Lunatic asylums Central Provinces reports 1874-1885 - 1874-1885
Year: 1874
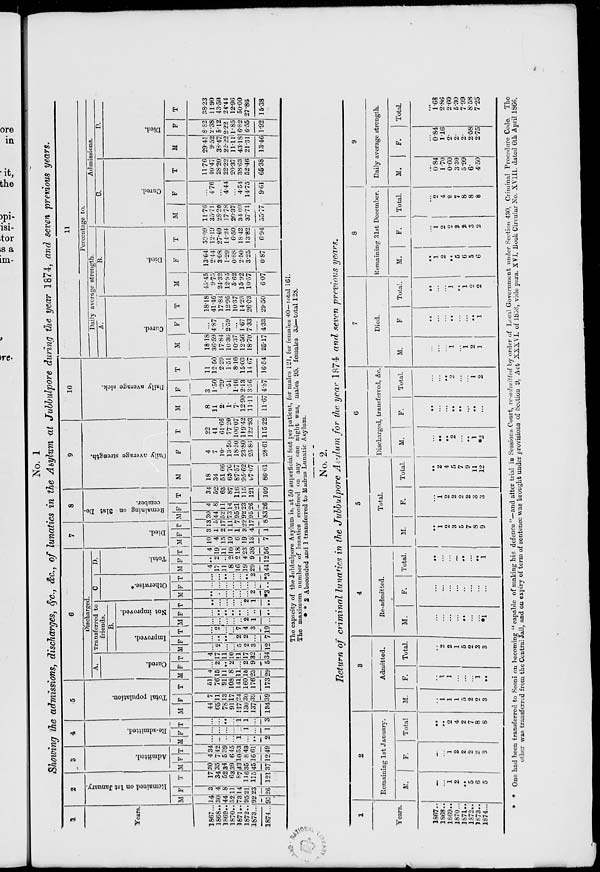
No. 1
Showing the admissions, discharges, &c., &c., of lunatics in the Asylum at Jubbulpore during the year 1874, and seven previous years.
1
Years.
1867...
1868 ..
1869 ..
1870..
1871 ..
1872..
1873...
1874...
2
Remained
on 1st January
M
14
30
44
52
73
95
92
95
F
3
4
8
11
14
21
23
26
T
17
34
52
63
87
116
115
121
3
Admitted.
M
30
35
34
39
43
35
45
37
F
4
7
5
6
10
8
16
12
T
34
42
39
45
53
43
61
49
4
Re-admitted.
M
...
...
..
...
1
...
..
2
F
...
...
...
...
..
1
...
1
T
...
...
..
...
1
1
...
3
5
Total population.
M
44
65
78
91
117
130
137
134
F
7
11
13
17
24
30
39
39
T
51
76
91
108
141
160
176
173
6
Discharged.
A.
Cured.
M
4
15
11
8
11
15
23
29
F
...
2
..
2
...
2
9
5
T
4
17
11
10
11
17
32
34
Transferred to
friends.
B.
Improved.
M
...
2
...
...
5
2
3
12
F
...
...
..
...
2
2
...
7
T
...
2
...
...
7
4
3
19
Not improved.
M
...
...
...
...
..
2
1
...
F
..
..
..
..
..
...
..
..
T
...
...
...
...
...
2
1
..
C.
Otherwise.*
M
...
...
...
...
...
...
2
*3
F
...
...
...
...
...
...
...
..
T
...
...
..
...
...
..
2
*3
D.
Total.
M
4
17
11
8
16
19
29
44
F
..
2
..
2
2
4
9
12
T
4
19
11
10
18
23
38
56
7
Died.
M
10
4
15
10
6
19
13
7
F
3
1
2
1
1
3
4
1
T
13
5
17
11
7
22
17
8
8
Remaining on 31st De-
cember.
M
30
44
52
73
95
92
95
83
F
4
8
11
14
21
23
26
26
T
34
52
63
87
116
115
121
109
9
Daily
average strength.
M
18
34
51.66
63.70
87.57
95.62
97.07
86.61
F
4
7
10.
13.50
18.50
23.80
25.86
28.61
T
22
41
61.66
77.20
106.07
119.42
122.93
115.22
10
Daily average sick.
M
8
11
2.
1.
7.
12.90
11.11
11.67
F
3
1.50
.29
.51
1.16
2.13
3.56
4.87
T
11
12.50
2.29
1.51
8.16
15.03
14.67
16.54
11
Percentage to.
Daily average strength.
A.
Cured.
M
18.18
36.59
17.84
10.36
10.37
12.56
18.70
25.17
F
...
4.87
...
2.59
...
1.67
7.33
4.33
T
18.18
41.46
17.84
12.95
10.37
14.23
26.03
29.50
B.
Died.
M
45.45
9.73
24.32
12.95
5.62
15.92
10.57
6.07
F
13.64
2.44
3.08
1.29
0.88
2.50
3.25
0.87
T
50.09
12.19
27.40
14.24
6.50
18.42
13.82
6.94
Admissions.
C.
Cured.
M
11.76
35.71
28.20
17.78
20.37
34.09
37.71
55.77
F
...
4.76
...
4.44
...
4.54
14.75
9.61
T
11.76
40.47
28.20
22.22
20.37
38.63
52.46
65.38
D.
Died.
M
29.41
9.52
38.47
22.22
11.11
43.18
21.31
13.46
F
8.82
2.38
5.12
2.22
1.85
6.82
6.55
1.92
T
38.23
11.90
43.59
24.44
12.96
50.00
27.86
15.38
The capacity of the Jubbulpore Asylum is, at 50 superficial feet per patient, for males 121, for females 40—total 161.
The maximum number of lunatics confined on any one night was, males 95, females 33—total 128.
* * 2 Absconded and 1 transferred to Madras Lunatic Asylum.
No. 2.
Return of criminal lunatics in the Jubbulpore Asylum for the year 1874 and seven previous years.
1
Years.
1867 ..
1868 ..
1869 ..
1870 ...
1871 ..
1872 ..
1873 ..
1874 ...
2
Remaining 1st January.
M.
...
...
1
2
..
5
6
5
F.
...
...
1
2
2
2
2
3
Total
..
..
2
4
2
7
8
8
3
Admitted.
M.
...
1
1
1
5
2
2
3
F.
...
1
1
...
...
...
1
...
Total.
...
2
2
1
5
2
3
3
4
Re-admitted.
M.
...
...
...
...
..
...
...
*1
F.
...
...
...
...
...
...
...
...
Total.
..
...
...
...
..
...
..
1
5
Total.
M.
..
1
2
3
5
7
8
9
F.
..
1
2
2
2
2
3
3
Total.
..
2
4
5
7
9
11
12
6
Discharged, transferred, &c.
M.
...
..
..
2
...
..
1
*2
F.
..
...
...
..
..
...
..
...
Total.
...
...
..
2
...
...
1
2
7
Died.
M.
...
...
...
1
...
1
2
1
F.
..
...
...
..
...
...
..
1
Total.
..
...
...
1
..
1
2
2
8
Remaining 31st December.
M.
..
1
2
..
5
6
5
6
F.
...
1
2
2
2 2
3
2
Total.
...
2
4
2
7
8
8
8
9
Daily average strength.
M.
...
0.84
1.70
0 60
3.30
5 99
6.
4.50
F.
...
0.84
1.16
2.
2.
2.
2.58
2.75
Total.
...
1.68
2.86
2.60
5.30
7.99
8.58
7.25
* * One had been transferred to Seoni on becoming "capable of making his defence "—and after trial in Sessions Court, re-admitted by order of Local Government under Section 430, Criminal Procedure Code. The
other was transferred from the Central Jail, and on expiry of term of sentence was brought under provisions of Section 9, Act XXXVI. of 1838, vide para. XVI. Book Circular No. XVIII. dated 6th April 1866.